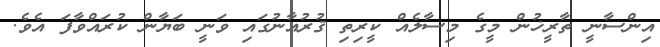
އިންސާނީ ތާރީޚުން މީގެ މިސާލެއް ކީރިތި ޤުރުއާނުގައި ވަނީ ބަޔާން ކުރައްވާފަ އެވެ.